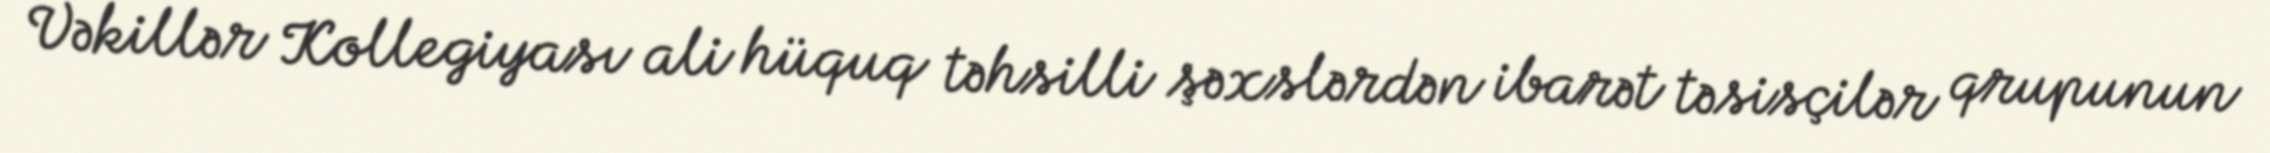
Vəkillər Kollegiyası ali hüquq təhsilli şəxslərdən ibarət təsisçilər qrupunun